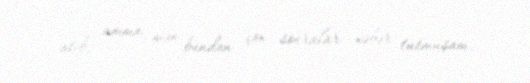
atıb, amma mən bundan çox sonralar xəbər tutmuşam.